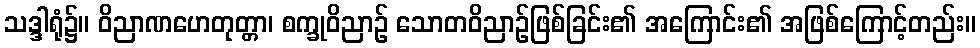
သဒ္ဒါရုံ၌။ ဝိညာဏဟေတုတ္တာ၊ စက္ခုဝိညာဉ် သောတဝိညာဉ်ဖြစ်ခြင်း၏ အကြောင်း၏ အဖြစ်ကြောင့်တည်း။